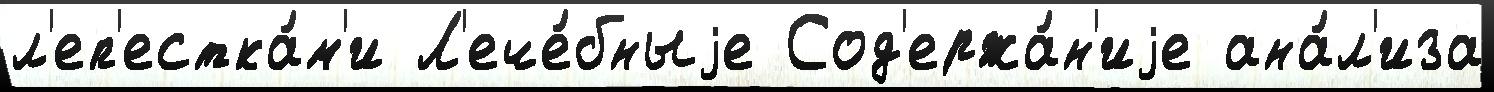
л'еп'естка́м'и Л'ече́бныjе Сод'ержа́н'иjе ана́л'иза